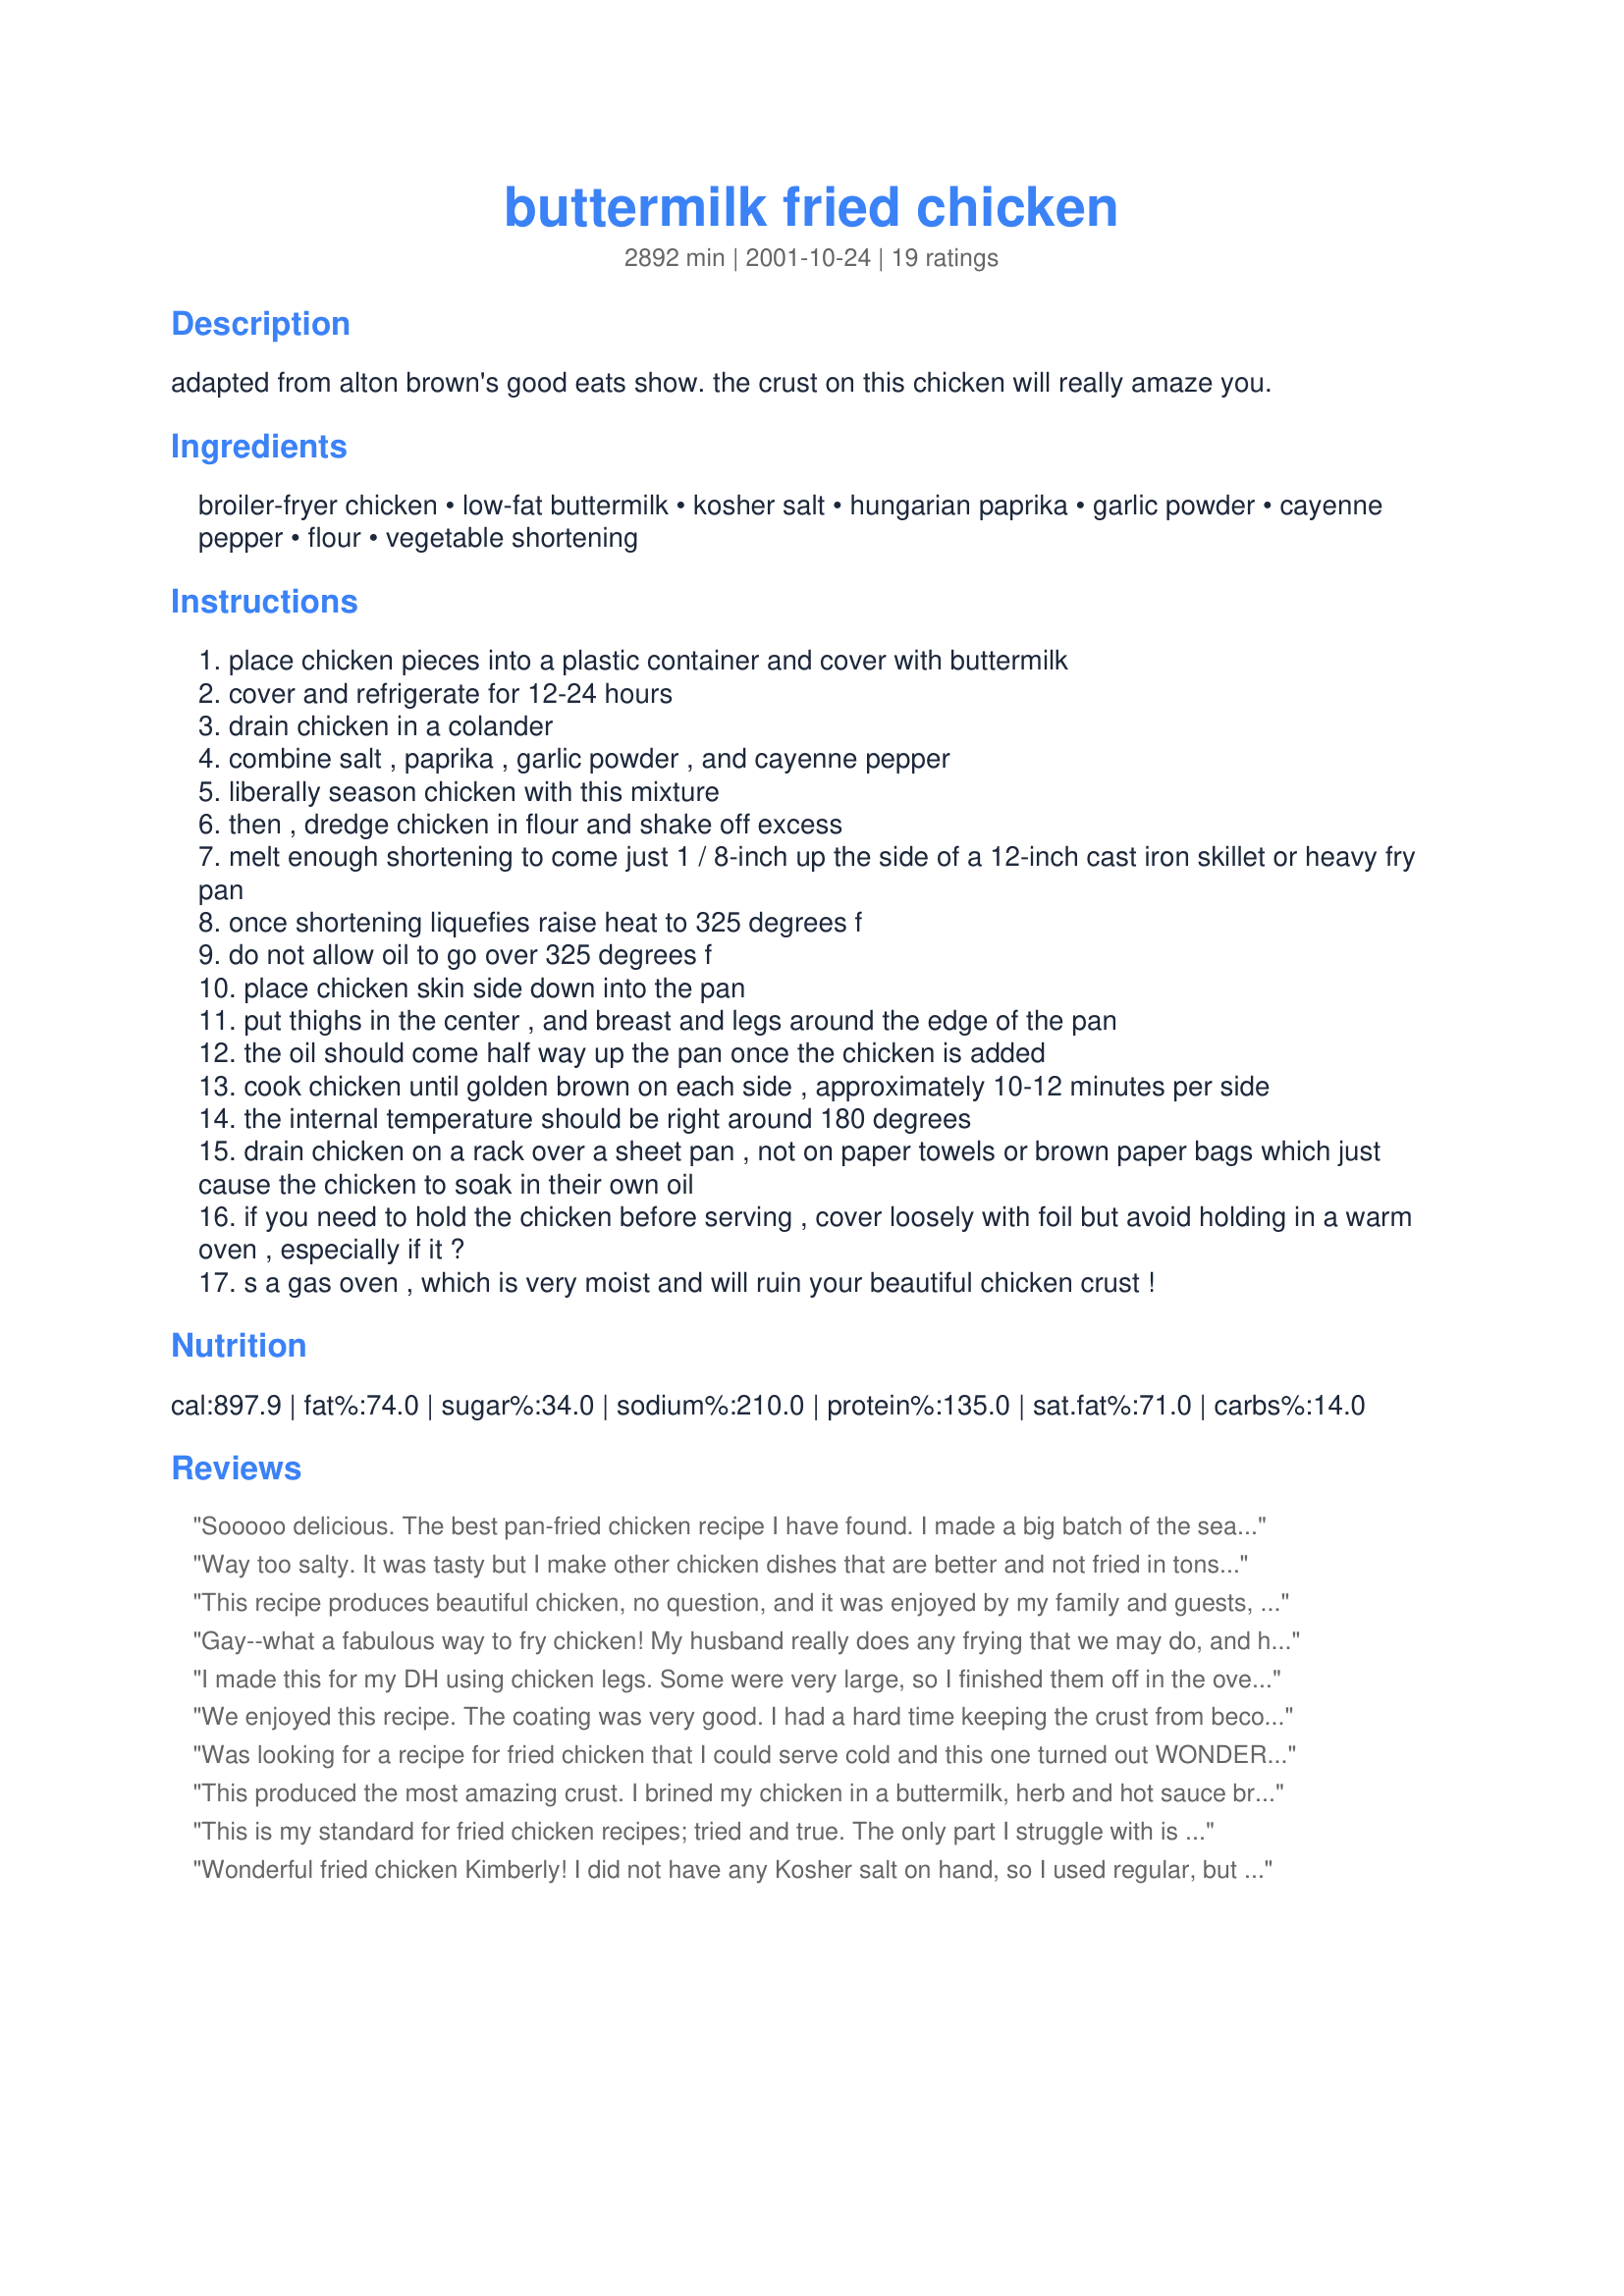
buttermilk fried chicken
Preparation time: 2892 minutes

adapted from alton brown's good eats show. the crust on this chicken will really amaze you.

Ingredients:
broiler-fryer chicken, low-fat buttermilk, kosher salt, hungarian paprika, garlic powder, cayenne pepper, flour, vegetable shortening

Steps:
place chicken pieces into a plastic container and cover with buttermilk
cover and refrigerate for 12-24 hours
drain chicken in a colander
combine salt , paprika , garlic powder , and cayenne pepper
liberally season chicken with this mixture
then , dredge chicken in flour and shake off excess
melt enough shortening to come just 1 / 8-inch up the side of a 12-inch cast iron skillet or heavy fry pan
once shortening liquefies raise heat to 325 degrees f
do not allow oil to go over 325 degrees f
place chicken skin side down into the pan
put thighs in the center , and breast and legs around the edge of the pan
the oil should come half way up the pan once the chicken is added
cook chicken until golden brown on each side , approximately 10-12 minutes per side
the internal temperature should be right around 180 degrees
drain chicken on a rack over a sheet pan , not on paper towels or brown paper bags which just cause the chicken to soak in their own oil
if you need to hold the chicken before serving , cover loosely with foil but avoid holding in a warm oven , especially if it ?
s a gas oven , which is very moist and will ruin your beautiful chicken crust !

Reviews:
Sooooo delicious. The best pan-fried chicken recipe I have found.

I made a big batch of the seasoning and put it in an empty spice jar with a shaker, just like Alton does in the episode featuring this recipe. It is fantastic to have on hand. I added some extra cayenne since my husband and I like our food spicier than average.

It was DELICIOUS the next day, cold and warmed up.

I fried in canola oil instead of shortening (since I totally smoked the shortening through carelessness.)

Be very careful with the temperature of your oil or shortening, as it's easy to take it past the smoke point if you don't watch out!
Way too salty. It was tasty but I make other chicken dishes that are better and not fried in tons of vegetable oil!
This recipe produces beautiful chicken, no question, and it was enjoyed by my family and guests, but there is something about fried chicken prepared with buttermilk that is just not my cup of tea. I make fried chicken just about every week, so I've tried many recipes and I prefer a crust that is lightly crispy. That is just my preference, however, so for all you out there that like the heavier crust, this is an excellent recipe. I made this recipe with less salt and without garlic powder, but with a touch of onion powder as I think garlic powder tastes funny on traditional fried chicken. Thanks for such pretty and tasty chicken!
Gay--what a fabulous way to fry chicken! My husband really does any frying that we may do, and he LOVED this method. We soaked boneless chicken in buttermilk for 24 hours, then drained, and cut into strips, about chicken tender-size. I didn't have any paprika left, so we instead of using the spices suggested, we improvised by shaking the strips in a ziploc bag with some emerils essence that I had mixed up earlier. Doing this first, THEN dredging in flour is so perfect. I was saying, "Why didn't we ever think of doing it this way?" Anyway, since it was boneless, they cooked up very quickly, and were flavorful, tender, and very juicy. This is the only way he'll fry chicken anymore. Thanks for a perfect recipe, Gay!
I made this for my DH using chicken legs. Some were very large, so I finished them off in the oven. He enjoyed them. Thanks Gay!
We enjoyed this recipe. The coating was very good. I had a hard time keeping the crust from becoming too brown while cooking it. I might lower the temperature just a little bit next time. I served it with Roasted Garlic Mashed Potatoes #65159 and made milk gravy from the fried chicken pan. Yummy.
Was looking for a recipe for fried chicken that I could serve cold and this one turned out WONDERFUL!! The whole family loved it. I had to fry it for a lot longer than 10-12 minutes per side and I finally covered it (slightly vented) to get the breast to cook to an internal temp of 180°F. Once it had, I removed the lid and let it fry about 5 minutes more per side to recrisp the coating. Let drain as directed and placed in frig. Coating held up well and the flavor was excellent. The meat was very tender and tasty also. Thanks for sharing Kimberly!
This produced the most amazing crust. I brined my chicken in a buttermilk, herb and hot sauce brine, then dredged in flour, egg wash and flour again. I wanted to take a picture, but the gorgeous chicken was inhaled by my guests before I had a chance.
This is my standard for fried chicken recipes; tried and true.

The only part I struggle with is keeping the temperature consistent and I usually add a little more shortening than is called for so it actually cooks the bottom half of the chicken.

The taste is delicious and it makes for some REALLY good cold chicken for a picnic or leftovers.
Wonderful fried chicken Kimberly! I did not have any Kosher salt on hand, so I used regular, but cut the amount down a bit. I soaked the chicken in buttermilk since early this morning. The spice combination was perfect and the chicken was melt-in-your-mouth DELICIOUS!! I served it with homemade fries, what a wonderful meal! This is a keeper for sure, thanks so much for posting!...Kittencal:)
Great fried chicken. The only thing I did differently was to cover the skillet to begin with. Then when I turn the chicken over, I leave the cover off so that the browned crust doesn't get steamed.
I wrote a review and it has not appeared..... anyway, this is good.
Cut down on the salt and it's not to bad...Good flavor.
I made this recipe for a Memorial Day picnic, and it was hilarious. My Mom was over my shoulder the whole time telling me that if I didn't turn them they'd burn. I was trying to use my cast iron skillet, not having an easy time controlling the oil temp, and she was right--the first batch burned. I told her it wasn't because I didn't turn them, it was because I couldn't control the temp, so she went out and bought me an electric skillet. The second batch was the best chicken we've ever had! The chicken is juicy, the flavor is wonderful, and the crust is just the right amount of crispy! I cut back on the cayenne, because we aren't hot/spicy people, but it was still excellent! Thanks Gay! :)
Easy process, crunchy, but too much salt. I'll try it again but cut the salt in half.
Juicy, tangy and well-spiced, even when we reduced the cayenne. I was kitchen-testing skillets and cooked in three different skillets, so agree with the reviewer who said it took much longer than 10-12 minutes per side. Mine was more like 17 to 20 per side to reach 160, the new recommended temp for poultry.
This made some great tasting fried chicken! I especially loved the seasoning, which doesn't get lost in the flour, but trapped just underneath the crust! I did add a little hot sauce to my buttermilk soak, as we love hot and spicy. I think that next time, I'll double-dip, for a little more crust. I'm on a quest for awesome fried chicken and this will surely go into 'my favorites' cookbook! Thanks for sharing Alton's recipe, Gay Gilmore!
This was the first time I have ever attempted to make fried chicken. Like leannr, I used sliced boneless, skinless chicken breasts, and was simply blown away by how explosively juicy they were. Just incredible. My crust wasn't quite up to par, as I had some issues trying to maintain the correct temperature of the fat (I used lard), but with time, I can see that becoming second nature. My husband has told me that anytime I want to make this, he would be more than happy to clean up the stove for me. :) Great recipe- thanks!
With the exception of the overwhelming salt. This was really good. I should have known that 2 tbls of salt, any kind was going to be too much...but no! I went with it any way. I did tell (salt loving DH) to taste before he added any salt. He said this is perfect...It did crisp up nicely and the directions were right on.Thanks Mr Jackson for posting. Made for PAC spring 08'
